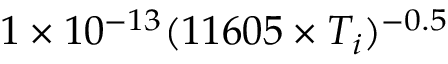
1 \times 1 0 ^ { - 1 3 } ( 1 1 6 0 5 \times T _ { i } ) ^ { - 0 . 5 }